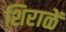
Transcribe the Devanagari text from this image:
शिराळें